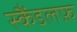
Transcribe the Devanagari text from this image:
स्कैंडलफ़